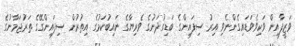
ވަޒީފާއިން ވަކިވެވަޑައިގެންނެވި އިރު ސިފައިންގެ ބަޑިގުދަނުގެ ވެރިޔާގެ ނައިބުކަމުގެ އިތުރުން ސިފައިންގޭގެ ތަރުޖަމާނުގެ